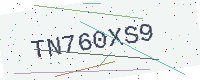
Text: TN760XS9